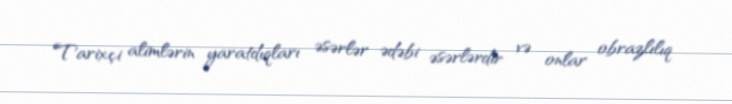
Tarixçi alimlərin yaratdıqları əsərlər ədəbi əsərlərdir və onlar obrazlılıq